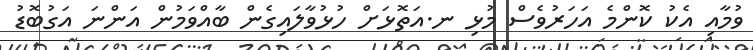
ވުމާއި އެކު ކޮންމެ އަހަރުވެސް މުޅި ނ.އަތޮޅަށް ހުޅުވާލައިގެން ބާއްވަމުން އަންނަ އަގުބޮޑު